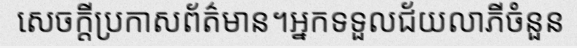
សេចក្តីប្រកាសព័ត៌មាន។អ្នកទទួលជ័យលាភីចំនួន